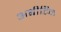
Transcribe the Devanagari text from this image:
अबीटिक